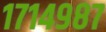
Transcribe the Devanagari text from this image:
१७१४९८७